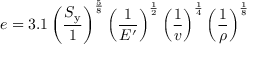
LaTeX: e = 3 . 1 \left( { \frac { S _ { \mathrm { y } } } { 1 } } \right) ^ { \frac { 5 } { 8 } } \left( { \frac { 1 } { E ^ { \prime } } } \right) ^ { \frac { 1 } { 2 } } \left( { \frac { 1 } { v } } \right) ^ { \frac { 1 } { 4 } } \left( { \frac { 1 } { \rho } } \right) ^ { \frac { 1 } { 8 } }